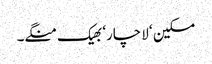
مسکین ‘ لاچار‘ بھیک منگے۔